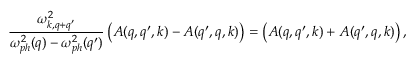
\frac { \omega _ { k , q + q ^ { \prime } } ^ { 2 } } { \omega _ { p h } ^ { 2 } ( q ) - \omega _ { p h } ^ { 2 } ( q ^ { \prime } ) } \left( A ( q , q ^ { \prime } , k ) - A ( q ^ { \prime } , q , k ) \right) = \left( A ( q , q ^ { \prime } , k ) + A ( q ^ { \prime } , q , k ) \right) ,